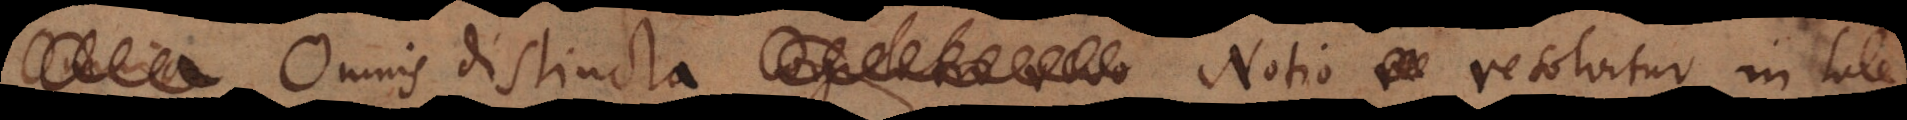
Omnis distincta Notio resolvitur in tale